Vaccination in the Punjab 1883-1896 - 1883-1896
Year: 1883
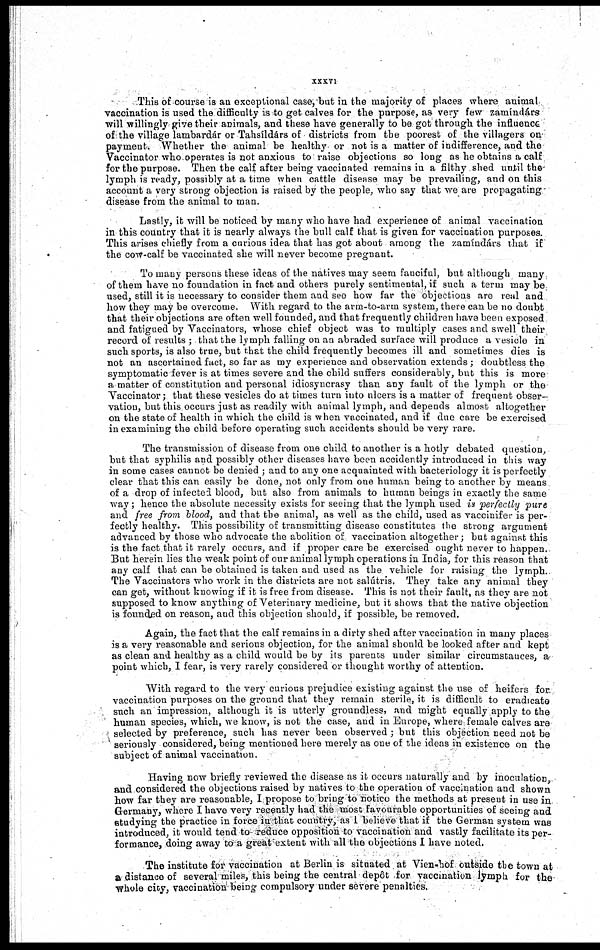
xxxvi
This of course is an exceptional case, but in the majority of places where animal
vaccination is used the difficulty is to get calves for the purpose, as very few zamíndárs
will willingly give their animals, and these have generally to be got through the influence
of the village lambardár or Tahsíldárs of districts from the poorest of the villagers on
payment. Whether the animal be healthy or not is a matter of indifference, and the
Vaccinator who operates is not anxious to raise objections so long as he obtains a calf
for the purpose. Then the calf after being vaccinated remains in a filthy shed until the
lymph is ready, possibly at a time when cattle disease may be prevailing, and on this
account a very strong objection is raised by the people, who say that we are propagating
disease from the animal to man.
Lastly, it will be noticed by many who have had experience of animal vaccination
in this country that it is nearly always the bull calf that is given for vaccination purposes.
This arises chiefly from a curious idea that has got about among the zamíndárs that if
the cow-calf be vaccinated she will never become pregnant.
To many persons these ideas of the natives may seem fanciful, but although many
of them have no foundation in fact and others purely sentimental, if such a term may be
used, still it is necessary to consider them and see how far the objections are real and
how they may be overcome. With regard to the arm-to-arm system, there can be no doubt
that their objections are often well founded, and that frequently children have been exposed
and fatigued by Vaccinators, whose chief object was to multiply cases and swell their
record of results ; that the lymph falling on an abraded surface will produce a vesicle in
such sports, is also true, but that the child frequently becomes ill and sometimes dies is
not an ascertained fact, so far as my experience and observation extends ; doubtless the
symptomatic fever is at times severe and the child suffers considerably, but this is more
a matter of constitution and personal idiosyncrasy than any fault of the lymph or the
Vaccinator; that these vesicles do at times turn into nlcers is a matter of frequent obser-
vation, but this occurs just as readily with animal lymph, and depends almost altogether
on the state of health in which the child is when vaccinated, and if due care be exercised
in examining the child before operating such accidents should be very rare.
The transmission of disease from one child to another is a hotly debated question,
but that syphilis and possibly other diseases have been accidently introduced in this way
in some cases cannot be denied ; and to any one acquainted with bacteriology it is perfectly
clear that this can easily be done, not only from one human being to another by means
of a drop of infected blood, but also from animals to human beings in exactly the same
way; hence the absolute necessity exists for seeing that the lymph used is perfectly pure
and free from blood, and that the animal, as well as the child, used as vaccinifer is per-
fectly healthy. This possibility of transmitting disease constitutes the strong argument
advanced by those who advocate the abolition of vaccination altogether; but against this
is the fact that it rarely occurs, and if proper care be exercised ought never to happen.
But herein lies the weak point of our animal lymph operations in India, for this reason that
any calf that can be obtained is taken and used as the vehicle for raising the lymph.
The Vaccinators who work in the districts are not salútris. They take any animal they
can get, without knowing if it is free from disease. This is not their fault, as they are not
supposed to know anything of Veterinary medicine, but it shows that the native objection
is founded on reason, and this objection should, if possible, be removed.
Again, the fact that the calf remains in a dirty shed after vaccination in many places
is a very reasonable and serious objection, for the animal should be looked after and kept
as clean and healthy as a child would be by its parents under similar circumstances, a
point which, I fear, is very rarely considered or thought worthy of attention.
With regard to the very curious prejudice existing against the use of heifers for
vaccination purposes on the ground that they remain sterile, it is difficult to eradicate
such an impression, although it is utterly groundless, and might equally apply to the
human species, which, we know, is not the case, and in Europe, where female calves are
selected by preference, such has never been observed ; but this objection need not be
seriously considered, being mentioned here merely as one of the ideas in existence on the
subject of animal vaccination.
Having now briefly reviewed the disease as it occurs naturally and by inoculation
and considered the objections raised by natives to the operation of vaccination and shown
how far they are reasonable, I propose to bring to notice the methods at present in use in
Germany, where I have very recently had the most favourable opportunities of seeing and
studying the practice in force in that country, as I believe that if the German system was
introduced, it would tend to reduce opposition to vaccination and vastly facilitate its per-
formance, doing away to a great extent with all the objections I have noted.
The institute for vaccination at Berlin is situated at Vien-hof outside the town at
a distance of several miles, this being the central depôt for vaccination lymph for the
whole city, vaccination being compulsory under severe penalties.